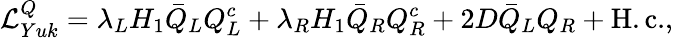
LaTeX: {\cal L}_{Yuk}^{Q}=\lambda_{L}H_{1}\bar{Q}_{L}Q_{L}^{c}+\lambda_{R}H_{1}\bar{Q}_{R}Q_{R}^{c}+2D\bar{Q}_{L}Q_{R}+\mathrm{H.c.},